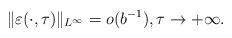
LaTeX: \begin{align*} \| \varepsilon(\cdot, \tau) \|_{L^\infty} = o(b^{-1}), \tau \to +\infty. \end{align*}